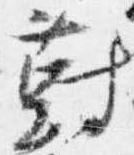
対